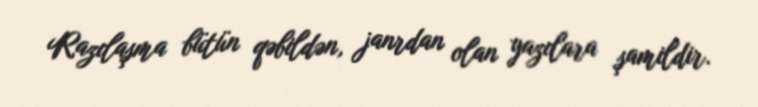
Razılaşma bütün qəbildən, janrdan olan yazılara şamildir.